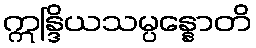
ဣန္ဒြိယသမ္ပန္နောတိ